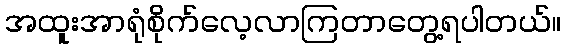
အထူးအာရုံစိုက်လေ့လာကြတာတွေ့ရပါတယ်။